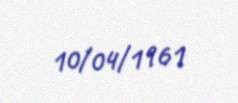
10/04/1961